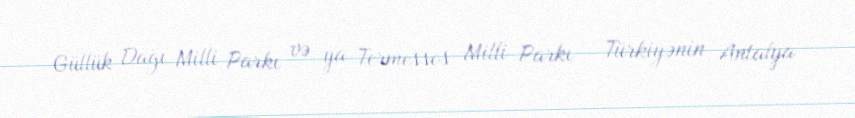
Güllük Dağı Milli Parkı və ya Termessos Milli Parkı — Türkiyənin Antalya